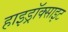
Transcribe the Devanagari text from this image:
हाइड्रॉक्साइट